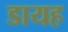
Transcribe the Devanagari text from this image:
डायह